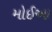
મોઈઆ